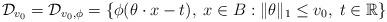
LaTeX: \begin{align*}\mathcal{D}_{v_0} = \mathcal{D}_{v_0, \phi} = \{ \phi(\theta \cdot x - t),\; x \in B: \|\theta\|_1 \leq v_0,\; t\in\mathbb{R} \}\end{align*}